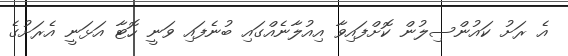
އެ ރަށު ކައުންސިލުން ކޮށްފައިވާ އިއުލާނެއްގައި ބުނެފައި ވަނީ ހޮޓާ އަޅަނީ އެރަށުގެ